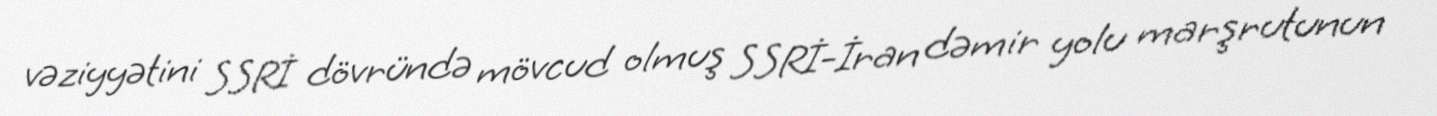
vəziyyətini SSRİ dövründə mövcud olmuş SSRİ-İran dəmir yolu marşrutunun